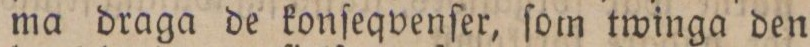
ma draga de konſeqvenſer, ſom twinga den